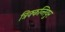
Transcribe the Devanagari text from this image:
त्रिक्कन्तियुर